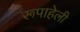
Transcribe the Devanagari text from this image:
रूपाहेली